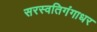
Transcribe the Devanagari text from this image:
सरस्वतिगंगाधर